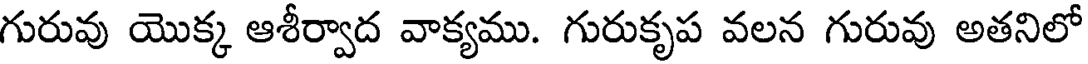
గురువు యొక్క ఆశీర్వాద వాక్యము. గురుకృప వలన గురువు అతనిలో